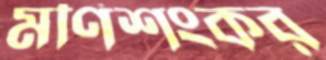
মণিশংকর